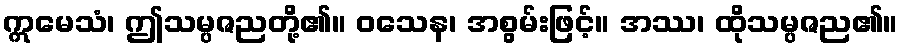
ဣမေသံ၊ ဤသမ္ပဇညတို့၏။ ဝသေန၊ အစွမ်းဖြင့်။ အဿ၊ ထိုသမ္ပဇည၏။